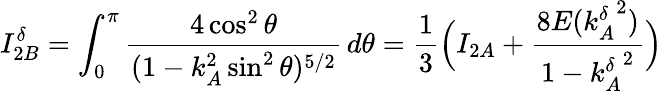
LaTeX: I_{2B}^{\delta}=\int_{0}^{\pi}\frac{4\cos^{2}\theta}{(1-k_{A}^{2}\sin^{2}\theta)^{5/2}}\, d\theta=\frac{1}{3}\Big(I_{2A}+\frac{8E({k_{A}^{\delta}}^{2})}{1-{k_{A}^{\delta}}^{2}}\Big)